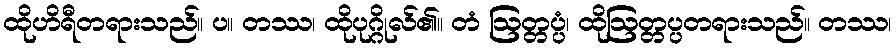
ထိုဟိရီတရားသည်။ ပ။ တဿ၊ ထိုပုဂ္ဂိုလ်၏။ တံ ဩတ္တပ္ပံ၊ ထိုဩတ္တပ္ပတရားသည်။ တဿ၊